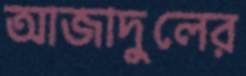
আজাদুলের